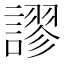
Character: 謬